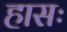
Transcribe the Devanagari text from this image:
हासः